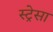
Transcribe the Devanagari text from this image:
स्ट्रेसा